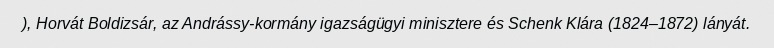
), Horvát Boldizsár, az Andrássy-kormány igazságügyi minisztere és Schenk Klára (1824–1872) lányát.